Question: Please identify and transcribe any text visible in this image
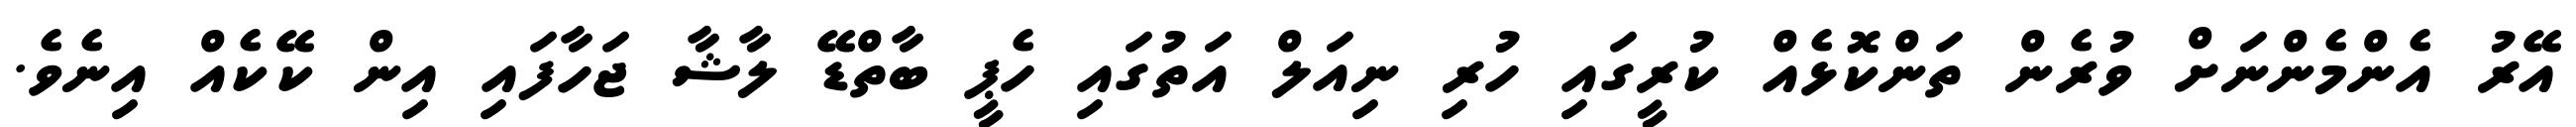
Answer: އޭރު އެންމެންނަށް ވުރެން ތަންކޮޅެއް ކުރީގައި ހުރި ނިއަލް އަތުގައި ހެޕީ ބާތްޑޭ ލާޝާ ޖަހާފައި އިން ކޭކެއް އިނެވެ.